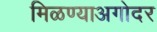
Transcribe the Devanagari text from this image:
मिळण्याअगोदर